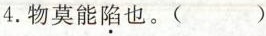
4.物莫能陷也。( )